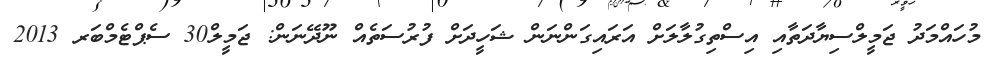
މުހައްމަދު ޖަމީލްސިޔާދަތާއި އިސްތިގުލާލަށް އަރައިގަންނަން ޝަހީދަށް ފުރުސަތެއް ނޫދޭނަން: ޖަމީލް30 ސެޕްޓެމްބަރ 2013